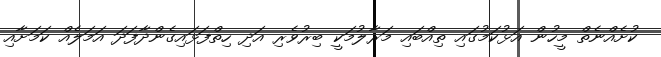
ކުށެއްނެތް މީހުން އަޅުކަމުގައި ތިއްބައި މަރާލުމަކީ ބިރުވެރި އަދި ހިތްފަޅައިގެންދާފަދަ އަމަލެއް ކަމަށާއި